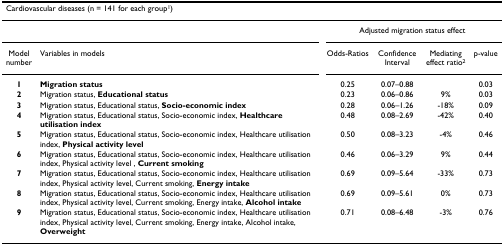
<table><thead><tr><td colspan="2"><b>Cardiovascular diseases (n = 141 for each group<sup>1</sup>)</b></td><td></td><td></td><td></td><td></td></tr></thead><tbody><tr><td></td><td></td><td colspan="4">Adjusted migration status effect</td></tr><tr><td>Model number</td><td>Variables in models</td><td>Odds-Ratios</td><td>Confidence Interval</td><td>Mediating effect ratio<sup>2</sup></td><td>p-value</td></tr><tr><td><b>1</b></td><td><b>Migration status</b></td><td>0.25</td><td>0.07–0.88</td><td></td><td>0.03</td></tr><tr><td><b>2</b></td><td>Migration status, <b>Educational status</b></td><td>0.23</td><td>0.06–0.86</td><td>9%</td><td>0.03</td></tr><tr><td><b>3</b></td><td>Migration status, Educational status, <b>Socio-economic index</b></td><td>0.28</td><td>0.06–1.26</td><td>-18%</td><td>0.09</td></tr><tr><td><b>4</b></td><td>Migration status, Educational status, Socio-economic index, <b>Healthcare utilisation index</b></td><td>0.48</td><td>0.08–2.69</td><td>-42%</td><td>0.40</td></tr><tr><td><b>5</b></td><td>Migration status, Educational status, Socio-economic index, Healthcare utilisation index, <b>Physical activity level</b></td><td>0.50</td><td>0.08–3.23</td><td>-4%</td><td>0.46</td></tr><tr><td><b>6</b></td><td>Migration status, Educational status, Socio-economic index, Healthcare utilisation index, Physical activity level , <b>Current smoking</b></td><td>0.46</td><td>0.06–3.29</td><td>9%</td><td>0.44</td></tr><tr><td><b>7</b></td><td>Migration status, Educational status, Socio-economic index, Healthcare utilisation index, Physical activity level, Current smoking, <b>Energy intake</b></td><td>0.69</td><td>0.09–5.64</td><td>-33%</td><td>0.73</td></tr><tr><td><b>8</b></td><td>Migration status, Educational status, Socio-economic index, Healthcare utilisation index, Physical activity level, Current smoking, Energy intake, <b>Alcohol intake</b></td><td>0.69</td><td>0.09–5.61</td><td>0%</td><td>0.73</td></tr><tr><td><b>9</b></td><td>Migration status, Educational status, Socio-economic index, Healthcare utilisation index, Physical activity level, Current smoking, Energy intake, Alcohol intake, <b>Overweight</b></td><td>0.71</td><td>0.08–6.48</td><td>-3%</td><td>0.76</td></tr></tbody></table>